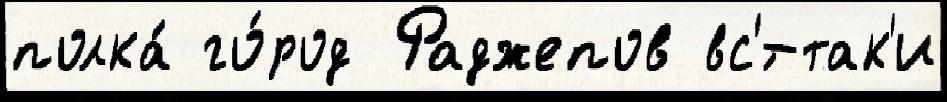
полка́ го́род Раджепов вс'́-так'и